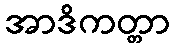
အာဒိကတ္တာ